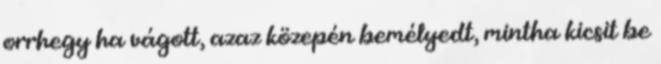
orrhegy ha vágott, azaz közepén bemélyedt, mintha kicsit be